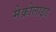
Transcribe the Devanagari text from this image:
मेक्रोलाइड